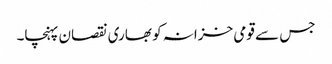
جس سے قومی خزانہ کو بھاری نقصان پہنچا۔